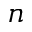
n